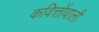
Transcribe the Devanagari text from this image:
कवित्तोंवाली